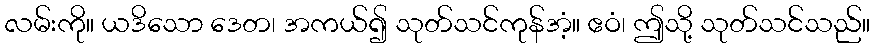
လမ်းကို။ ယဒိသော ဒေတ၊ အကယ်၍ သုတ်သင်ကုန်အံ့။ ဧဝံ၊ ဤသို့ သုတ်သင်သည်။